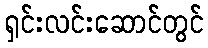
ရှင်းလင်းဆောင်တွင်